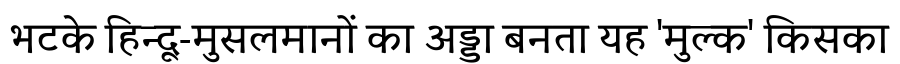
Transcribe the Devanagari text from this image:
भटके हिन्दू-मुसलमानों का अड्डा बनता यह 'मुल्क' किसका